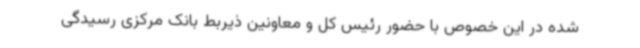
شده در این خصوص با حضور رئیس کل و معاونین ذیربط بانک مرکزی رسیدگی